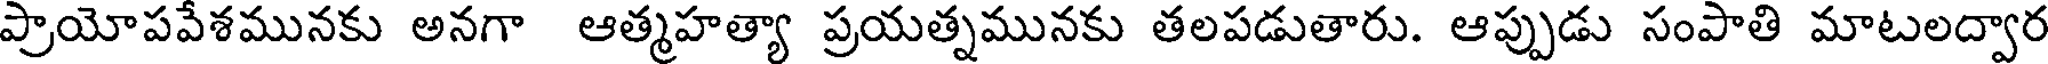
ప్రాయోపవేశమునకు అనగా ఆత్మహత్యా ప్రయత్నమునకు తలపడుతారు. ఆప్పుడు సంపాతి మాటలద్వార